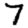
Digit: 7